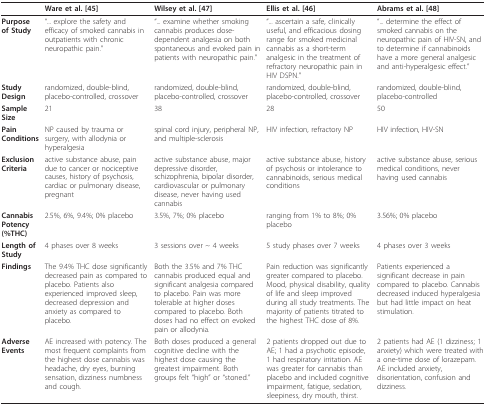
<table><thead><tr><td></td><td><b>Ware et al. [45]</b></td><td><b>Wilsey et al. [47]</b></td><td><b>Ellis et al. [46]</b></td><td><b>Abrams et al. [48]</b></td></tr></thead><tbody><tr><td><b>Purpose of Study</b></td><td>&quot;... explore the safety and efficacy of smoked cannabis in outpatients with chronic neuropathic pain.&quot;</td><td>&quot;... examine whether smoking cannabis produces dose-dependent analgesia on both spontaneous and evoked pain in patients with neuropathic pain.&quot;</td><td>&quot;... ascertain a safe, clinically useful, and efficacious dosing range for smoked medicinal cannabis as a short-term analgesic in the treatment of refractory neuropathic pain in HIV DSPN.&quot;</td><td>&quot;... determine the effect of smoked cannabis on the neuropathic pain of HIV-SN, and to determine if cannabinoids have a more general analgesic and anti-hyperalgesic effect.&quot;</td></tr><tr><td><b>Study Design</b></td><td>randomized, double-blind, placebo-controlled, crossover</td><td>randomized, double-blind, placebo-controlled, crossover</td><td>randomized, double-blind, placebo-controlled, crossover</td><td>randomized, double-blind, placebo-controlled</td></tr><tr><td><b>Sample Size</b></td><td>21</td><td>38</td><td>28</td><td>50</td></tr><tr><td><b>Pain Conditions</b></td><td>NP caused by trauma or surgery, with allodynia or hyperalgesia</td><td>spinal cord injury, peripheral NP, and multiple-sclerosis</td><td>HIV infection, refractory NP</td><td>HIV infection, HIV-SN</td></tr><tr><td><b>Exclusion Criteria</b></td><td>active substance abuse, pain due to cancer or nociceptive causes, history of psychosis, cardiac or pulmonary disease, pregnant</td><td>active substance abuse, major depressive disorder, schizophrenia, bipolar disorder, cardiovascular or pulmonary disease, never having used cannabis</td><td>active substance abuse, history of psychosis or intolerance to cannabinoids, serious medical conditions</td><td>active substance abuse, serious medical conditions, never having used cannabis</td></tr><tr><td><b>Cannabis Potency (%THC)</b></td><td>2.5%, 6%, 9.4%; 0% placebo</td><td>3.5%, 7%; 0% placebo</td><td>ranging from 1% to 8%; 0% placebo</td><td>3.56%; 0% placebo</td></tr><tr><td><b>Length of Study</b></td><td>4 phases over 8 weeks</td><td>3 sessions over ~ 4 weeks</td><td>5 study phases over 7 weeks</td><td>4 phases over 3 weeks</td></tr><tr><td><b>Findings</b></td><td>The 9.4% THC dose significantly decreased pain as compared to placebo. Patients also experienced improved sleep, decreased depression and anxiety as compared to placebo.</td><td>Both the 3.5% and 7% THC cannabis produced equal and significant analgesia compared to placebo. Pain was more tolerable at higher doses compared to placebo. Both doses had no effect on evoked pain or allodynia.</td><td>Pain reduction was significantly greater compared to placebo. Mood, physical disability, quality of life and sleep improved during all study treatments. The majority of patients titrated to the highest THC dose of 8%.</td><td>Patients experienced a significant decrease in pain compared to placebo. Cannabis decreased induced hyperalgesia but had little impact on heat stimulation.</td></tr><tr><td><b>Adverse Events</b></td><td>AE increased with potency. The most frequent complaints from the highest dose cannabis was headache, dry eyes, burning sensation, dizziness numbness and cough.</td><td>Both doses produced a general cognitive decline with the highest dose causing the greatest impairment. Both groups felt &quot;high&quot; or &quot;stoned.&quot;</td><td>2 patients dropped out due to AE; 1 had a psychotic episode, 1 had respiratory irritation. AE was greater for cannabis than placebo and included cognitive impairment, fatigue, sedation, sleepiness, dry mouth, thirst.</td><td>2 patients had AE (1 dizziness; 1 anxiety) which were treated with a one-time dose of lorazepam. AE included anxiety, disorientation, confusion and dizziness.</td></tr></tbody></table>